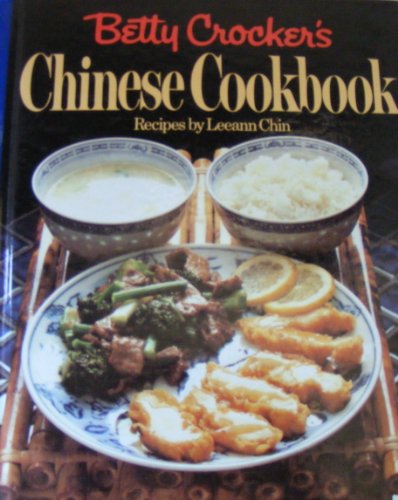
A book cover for Betty Crocker's Chinese Cookbook; Betty Crocker; Cookbooks, Food & Wine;